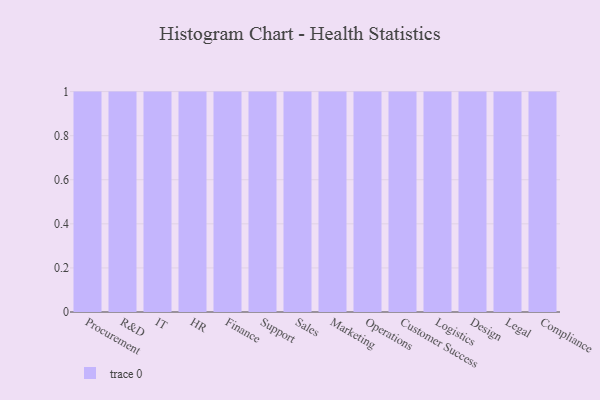
{"axis": {"x": "Department", "y": "Backlog"}, "legend": [""], "data": [{"x": "Procurement", "y": 62, "type": ""}, {"x": "R&D", "y": 67, "type": ""}, {"x": "IT", "y": 96, "type": ""}, {"x": "HR", "y": 90, "type": ""}, {"x": "Finance", "y": 33, "type": ""}, {"x": "Support", "y": 33, "type": ""}, {"x": "Sales", "y": 99, "type": ""}, {"x": "Marketing", "y": 43, "type": ""}, {"x": "Operations", "y": 5, "type": ""}, {"x": "Customer Success", "y": 60, "type": ""}, {"x": "Logistics", "y": 57, "type": ""}, {"x": "Design", "y": 36, "type": ""}, {"x": "Legal", "y": 49, "type": ""}, {"x": "Compliance", "y": 46, "type": ""}]}